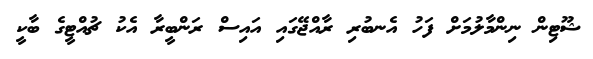
ޝޫޓިން ނިންމާލުމަށް ފަހު އެނބުރި ރާއްޖޭގައި އައިސް ރަންބީރާ އެކު ޗުއްޓީގެ ބާކީ